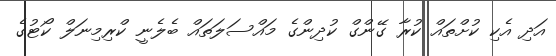
އަދި އެކި ކުށްތައް ކުރާ ގޭންގް ކުދިންގެ މައްސަލަތައް ބެލެނީ ކްރިމިނަލް ކޯޓުގެ